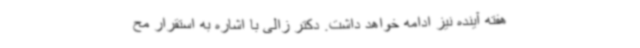
هفته آینده نیز ادامه خواهد داشت. دکتر زالی با اشاره به استقرار مح